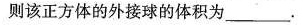
则该正方体的外接球的体积为___.